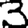
Digit: 3